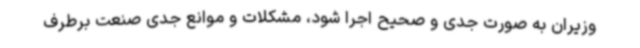
وزیران به صورت جدی و صحیح اجرا شود، مشکلات و موانع جدی صنعت برطرف